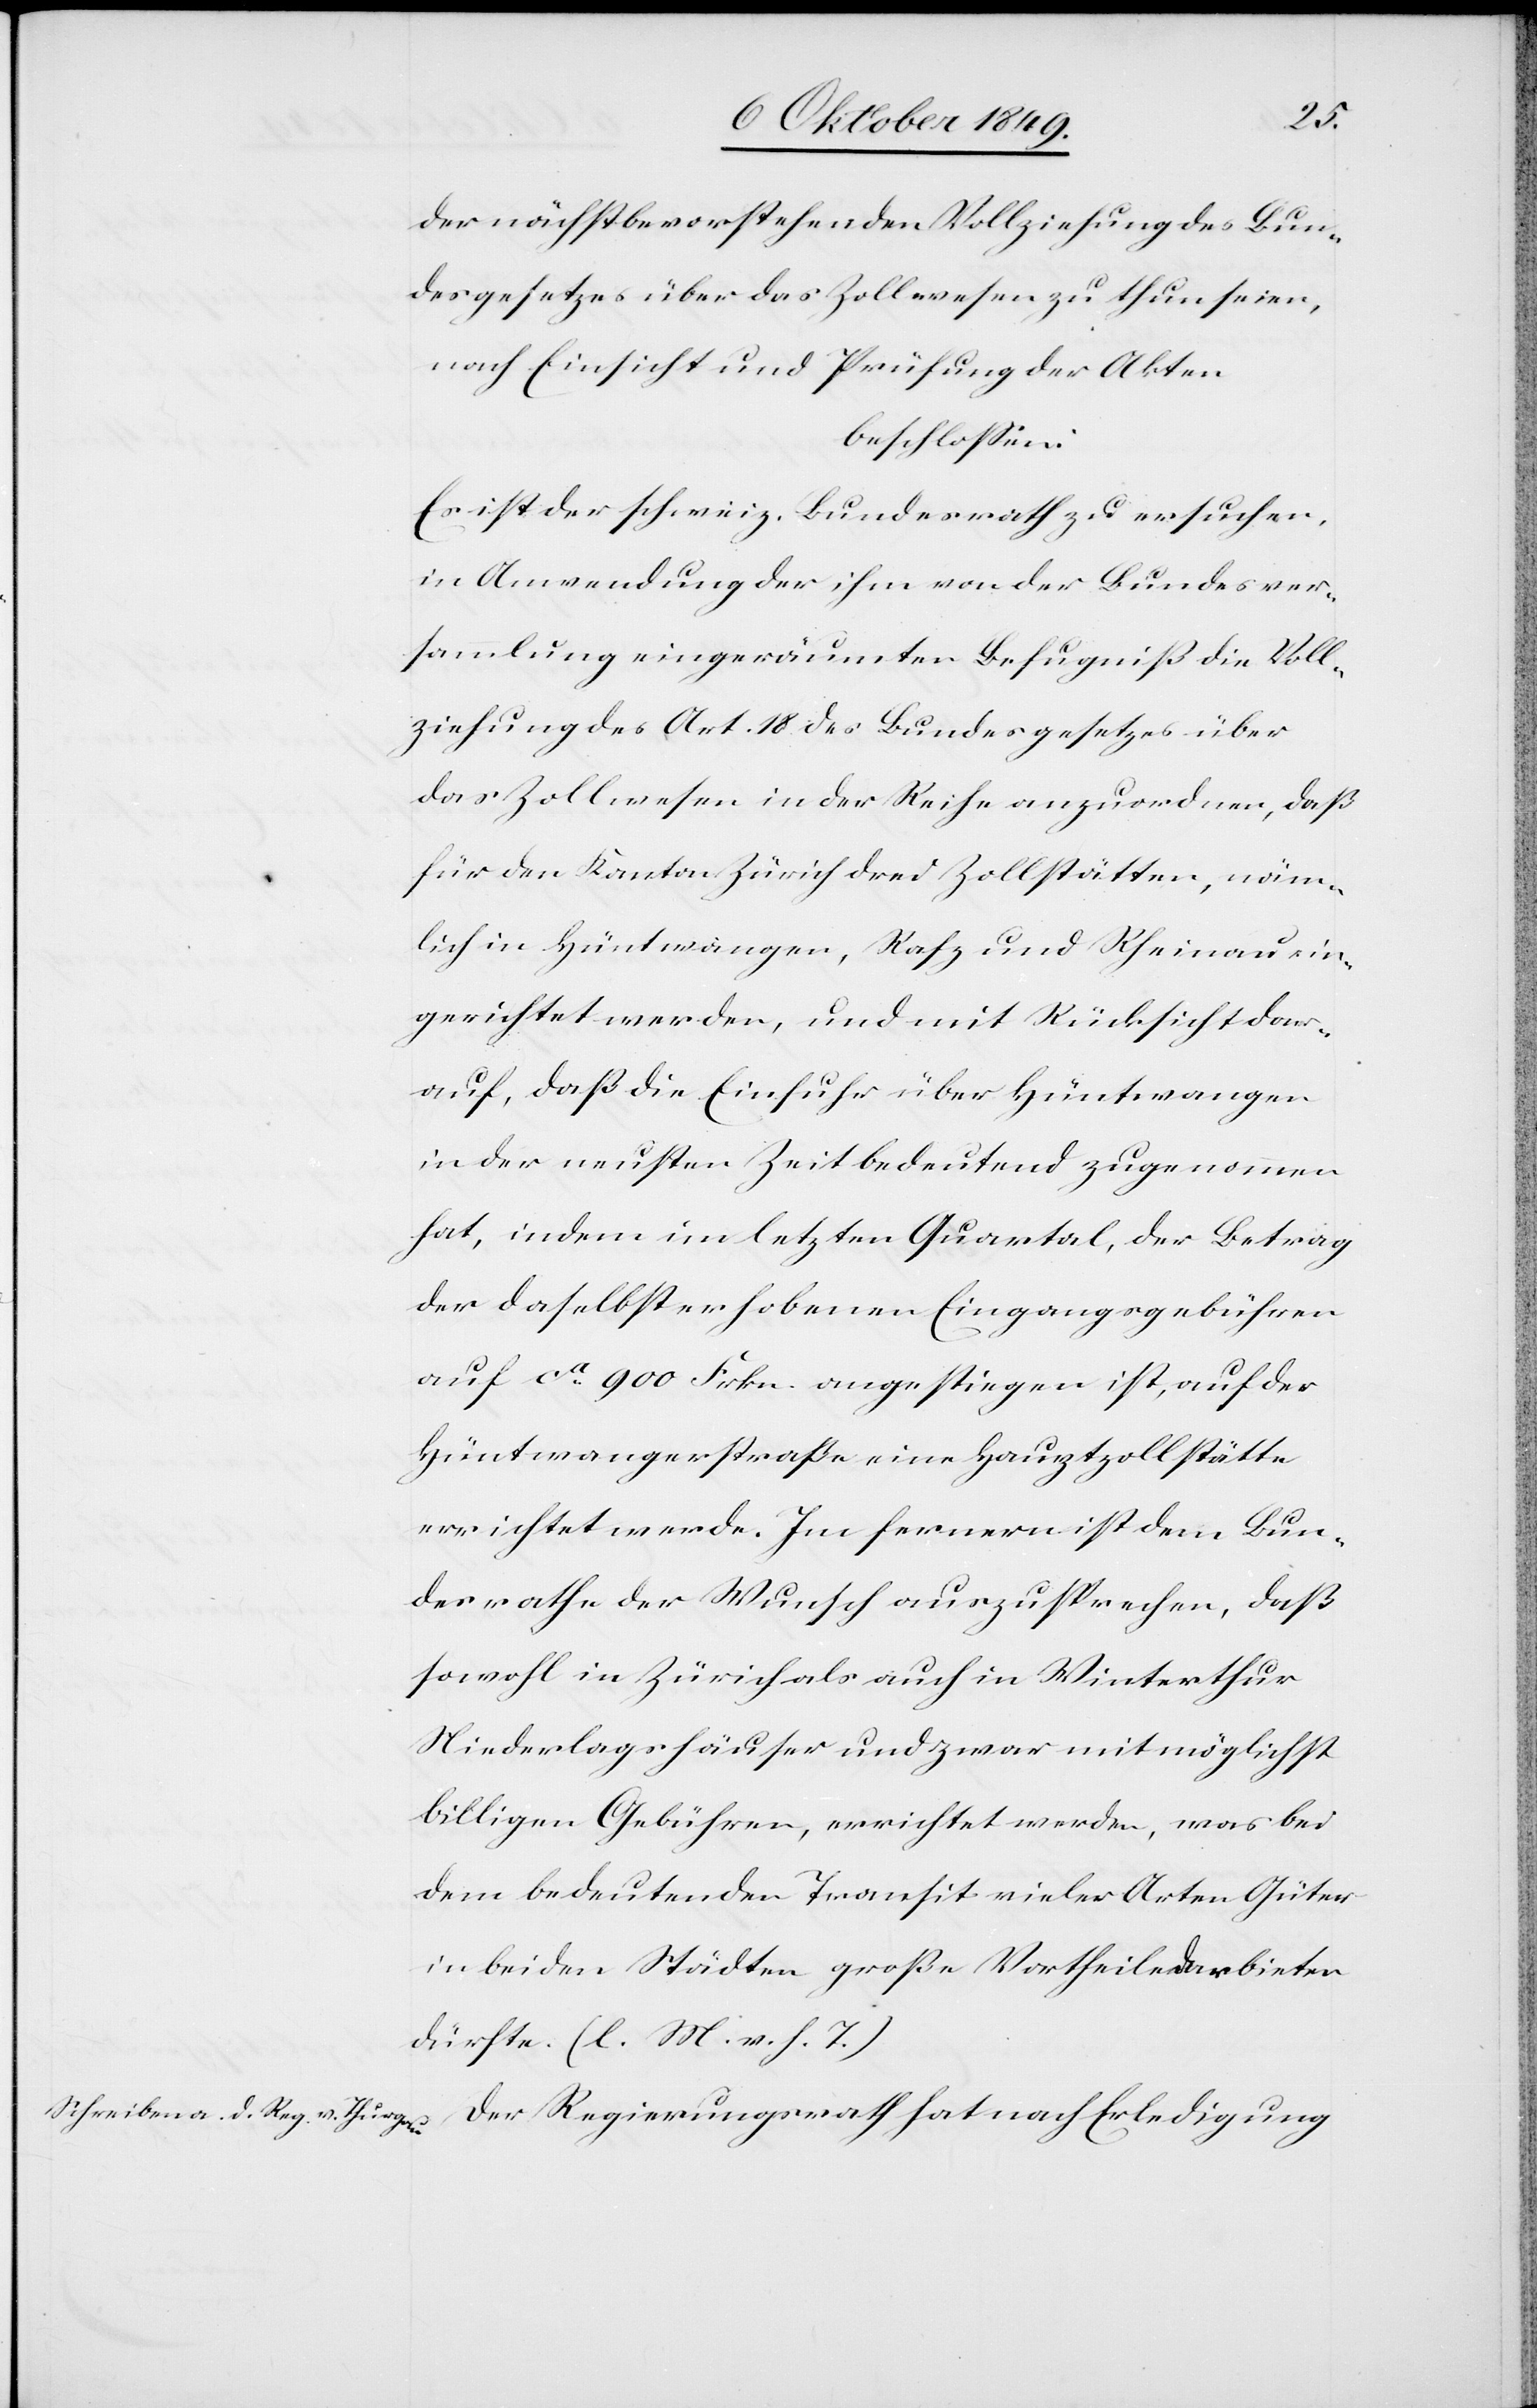
der nächstbevorstehenden Vollziehung des Bun¬
desgesetzes über das Zollwesen zu thun seien,
nach Einsicht und Prüfung der Akten
beschloßen:
Es ist der schweiz. Bundesrath zu ersuchen,
in Anwendung der ihm von der Bundesver¬
sammlung eingeräumten Befugniß die Voll¬
ziehung des Art. 18 des Bundesgesetzes über
das Zollwesen in der Reihe anzuordnen, daß
für den Kanton Zürich drei Zollstätten, näm¬
lich in Hüntwangen, Rafz und Rheinau ein¬
gerichtet werden, und mit Rücksicht dar¬
auf, daß die Einfuhr über Hüntwangen
in der neusten Zeit bedeutend zugenommen
hat, indem im letzten Quartal, der Betrag
der daselbst erhobenen Eingangsgebühren
auf ca 900 Frkn. angestiegen ist, auf der
Hüntwangerstraße eine Hauptzollstätte
errichtet werde. Im fernern ist dem Bun¬
desrathe der Wunsch auszusprechen, daß
sowohl in Zürich als auch in Winterthur
Niederlagshäuser und zwar mit möglichst
billigen Gebühren, errichtet werden, was bei
dem bedeutenden Transit vieler Arten Güter
in beiden Städten große Vortheile darbieten
dürfte. [l. M. v. h. T]
Der Regierungsrath hat nach Erledigung